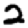
Digit: 2